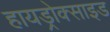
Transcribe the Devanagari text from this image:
हायड्रोक्साइड